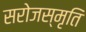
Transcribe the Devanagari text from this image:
सरोजस्मृति